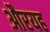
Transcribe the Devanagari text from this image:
औरयह